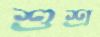
শুশ্র